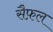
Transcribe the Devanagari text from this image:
सैफ़ल